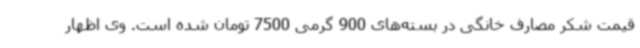
قیمت شکر مصارف خانگی در بسته‌های 900 گرمی 7500 تومان شده است. وی اظهار